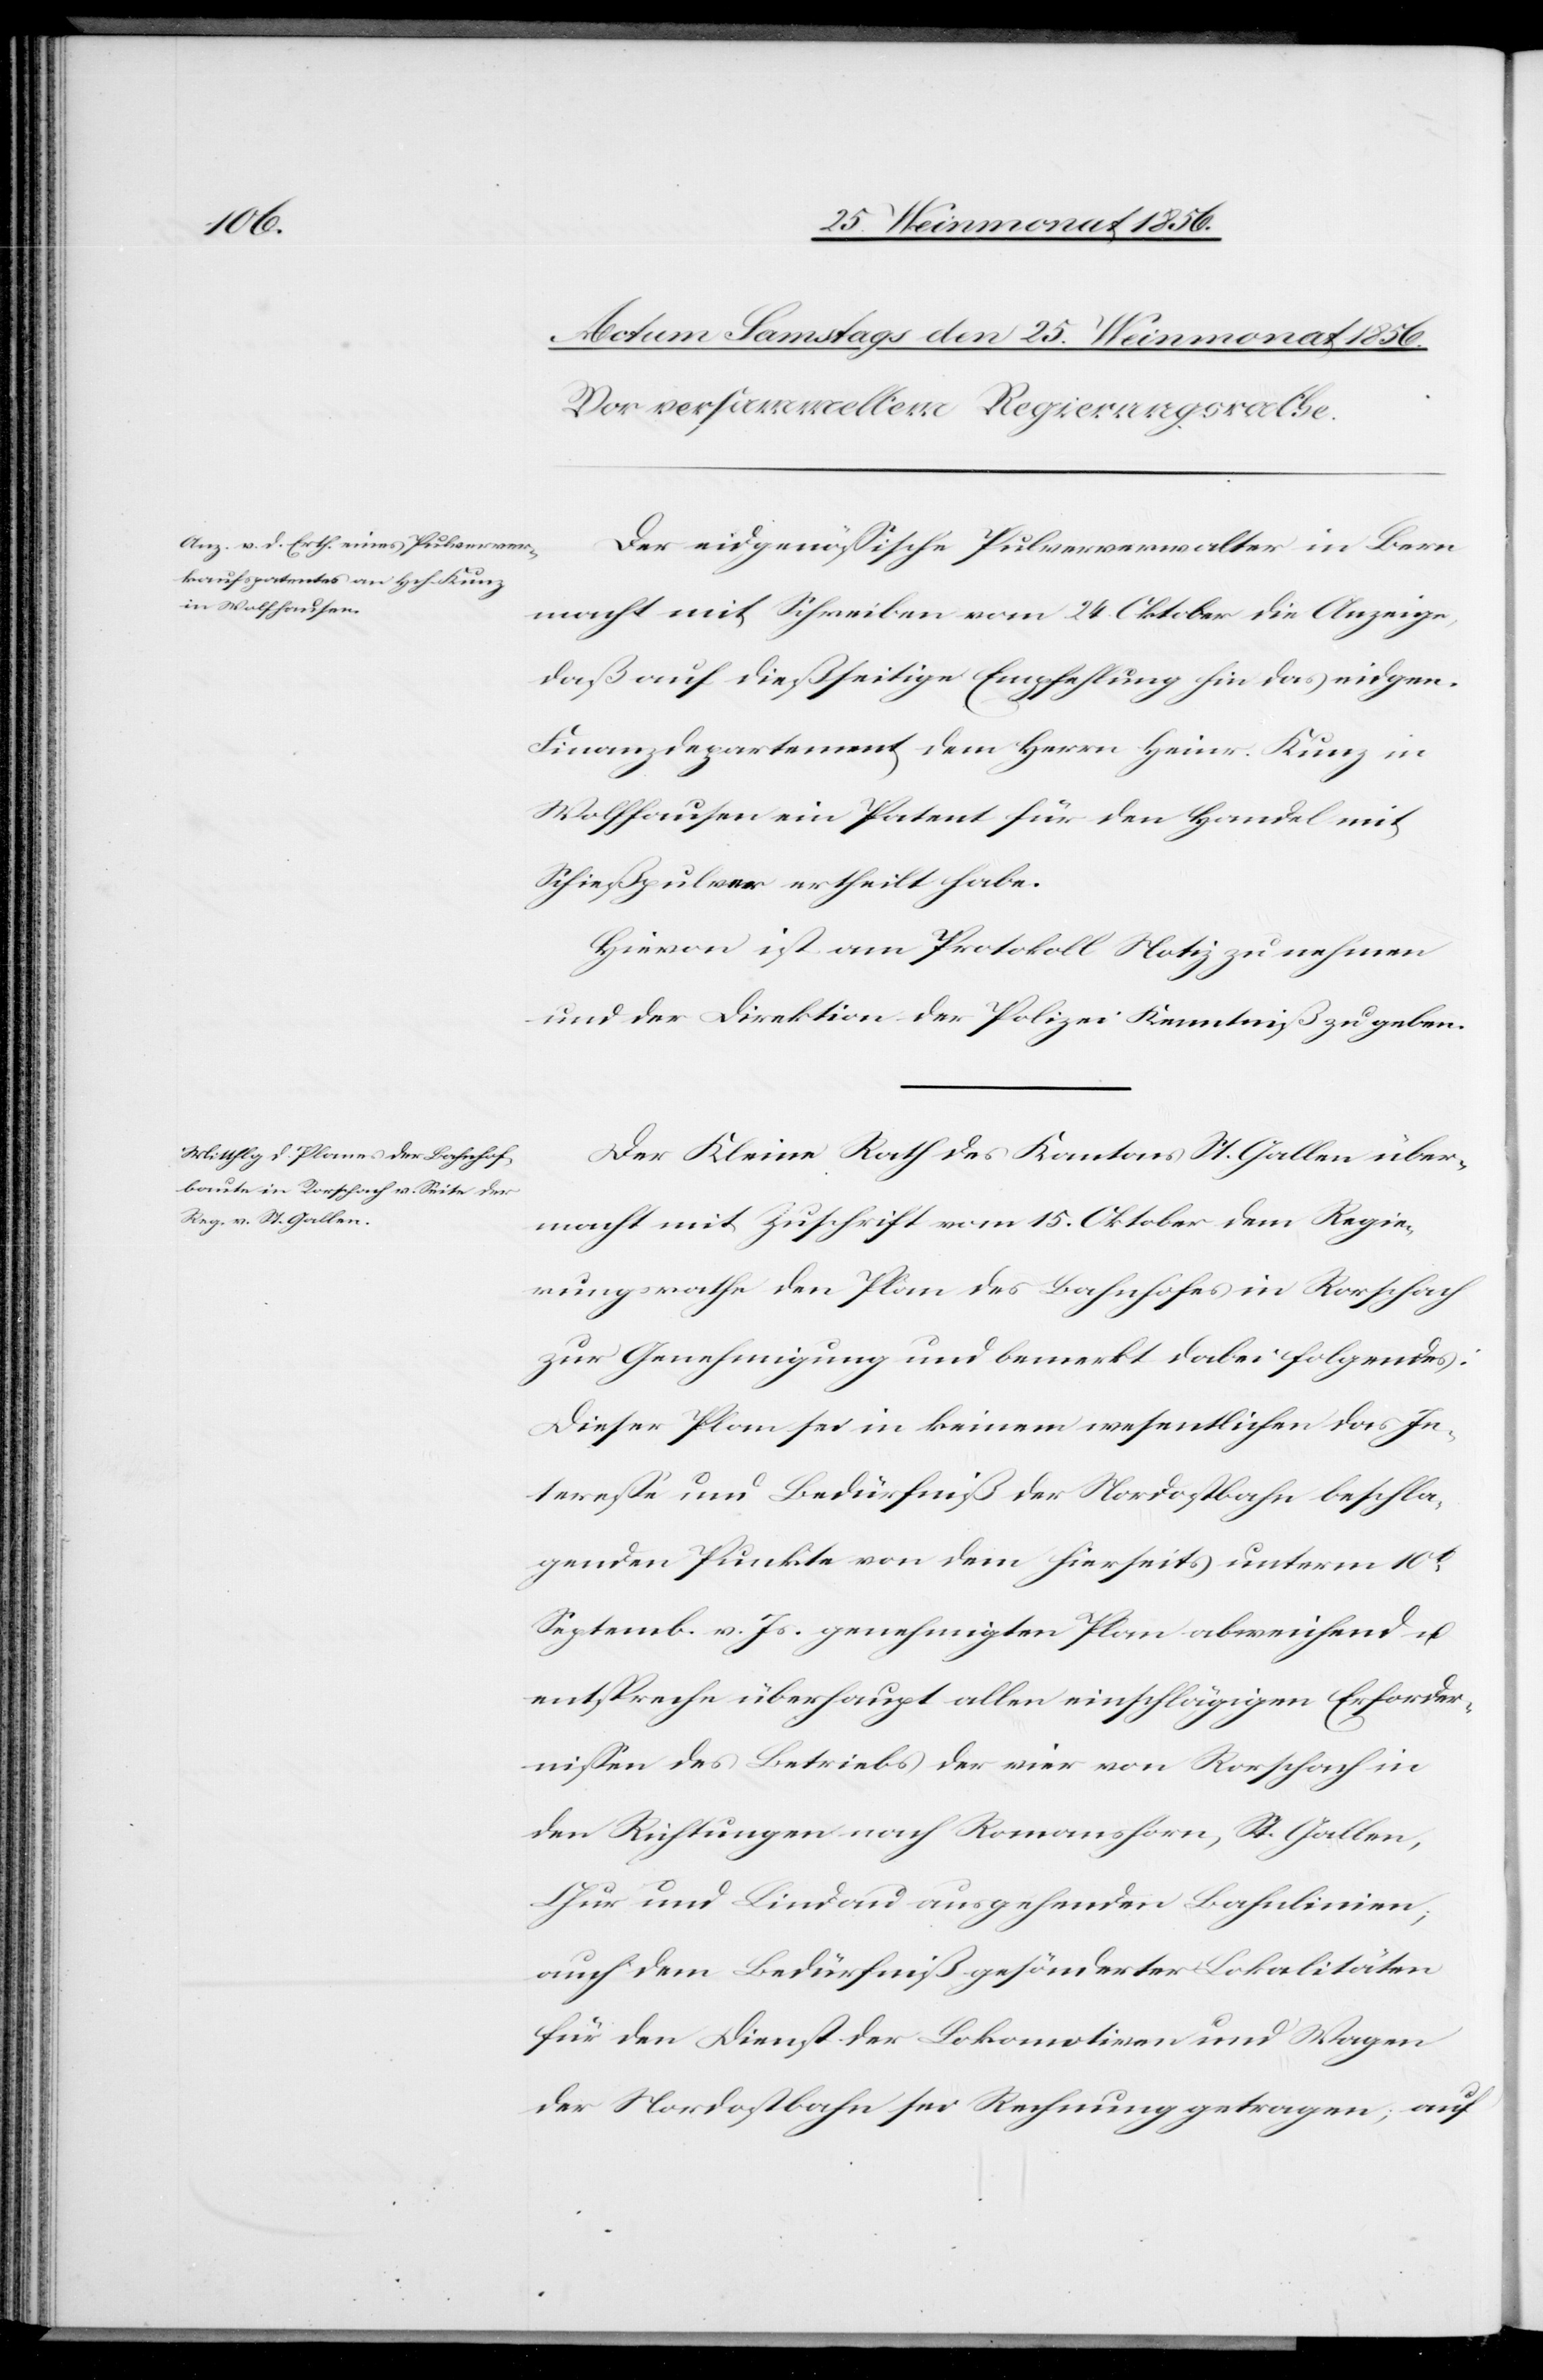
Der eidgenössische Pulververwalter in Bern
macht mit Schreiben vom 24. Oktober die Anzeige,
daß auf dießseitige Empfehlung hin das eidgen.
Finanzdepartement dem Herrn Heinr. Kunz in
Wolfhausen ein Patent für den Handel mit
Schießpulver ertheilt habe.
Hievon ist am Protokoll Notiz zu nehmen
und der Direktion der Polizei Kenntniß zu geben.
Der Kleine Rath des Kantons St. Gallen über¬
macht mit Zuschrift vom 15. Oktober dem Regie¬
rungsrathe den Plan des Bahnhofes in Rorschach
zur Genehmigung und bemerkt dabei folgendes:
Dieser Plan sei in keinem wesentlichen das In¬
teresse und Bedürfniß der Nordostbahn beschla¬
genden Punkte von dem hierseits unterm 10t
Septemb. v. Js. genehmigten Plan abweichend u.
entspreche überhaupt allen einschlägigen Erforder¬
nissen des Betriebs der vier von Rorschach in
den Richtungen nach Romanshorn, St. Gallen,
Chur und Lindau ausgehenden Bahnlinien;
auch dem Bedürfniß gesönderter Lokalitäten
für den Dienst der Lokomotiven und Wagen
der Nordostbahn sei Rechnung getragen; auf